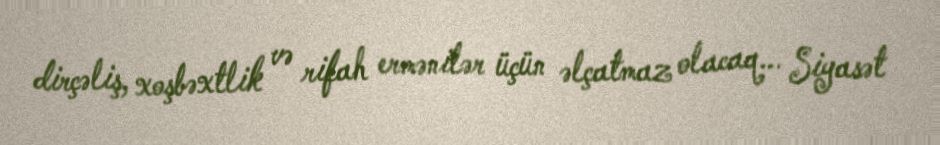
dirçəliş, xoşbəxtlik və rifah ermənilər üçün əlçatmaz olacaq... Siyasət